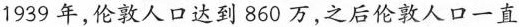
1939年，伦敦人口达到860万，之后伦敦人口一直